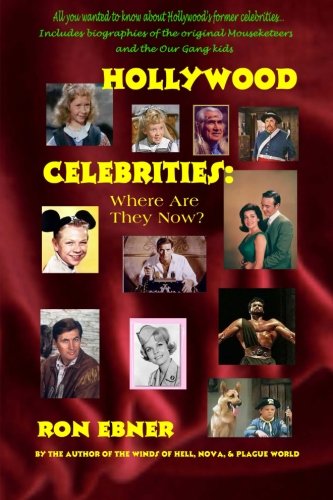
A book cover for Hollywood Celebrities: Where Are They Now?; Ron Ebner; Humor & Entertainment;